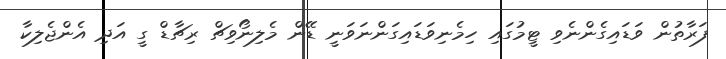
ފަރާތުން ވަޑައިގެންނެވި ޓީމުގައި ހިމެނިވަޑައިގަންނަވަނީ ޑޭން މެލިނޯވިޗް ރިޗާޑް ގީ އަދި އެންޖެލިކާ